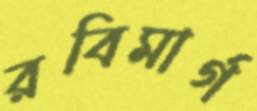
রবিমার্গ